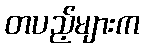
တပည့်များက